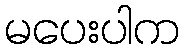
မပေးပါက